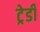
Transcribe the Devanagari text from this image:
ट्रेडी